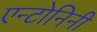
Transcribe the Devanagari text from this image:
एन्टोनिनी